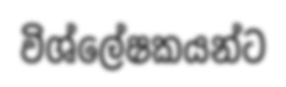
විශ්ලේෂකයන්ට